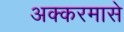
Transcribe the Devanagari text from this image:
अक्करमासे